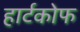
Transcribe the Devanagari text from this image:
हार्टकोफ